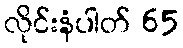
လိုင်းနံပါတ် 65